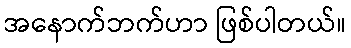
အနောက်ဘက်ဟာ ဖြစ်ပါတယ်။